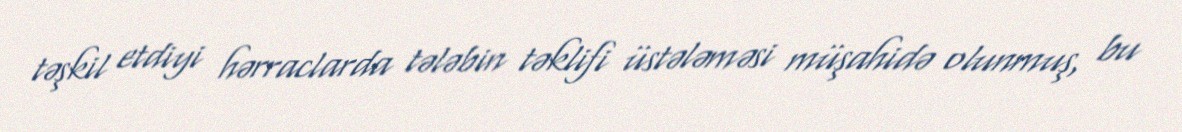
təşkil etdiyi hərraclarda tələbin təklifi üstələməsi müşahidə olunmuş, bu